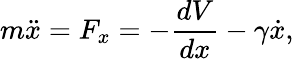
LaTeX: m\ddot{x}=F_{x}=-\frac{dV}{dx}-\gamma\dot{x},